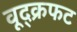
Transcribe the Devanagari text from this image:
वूद्क्रफट